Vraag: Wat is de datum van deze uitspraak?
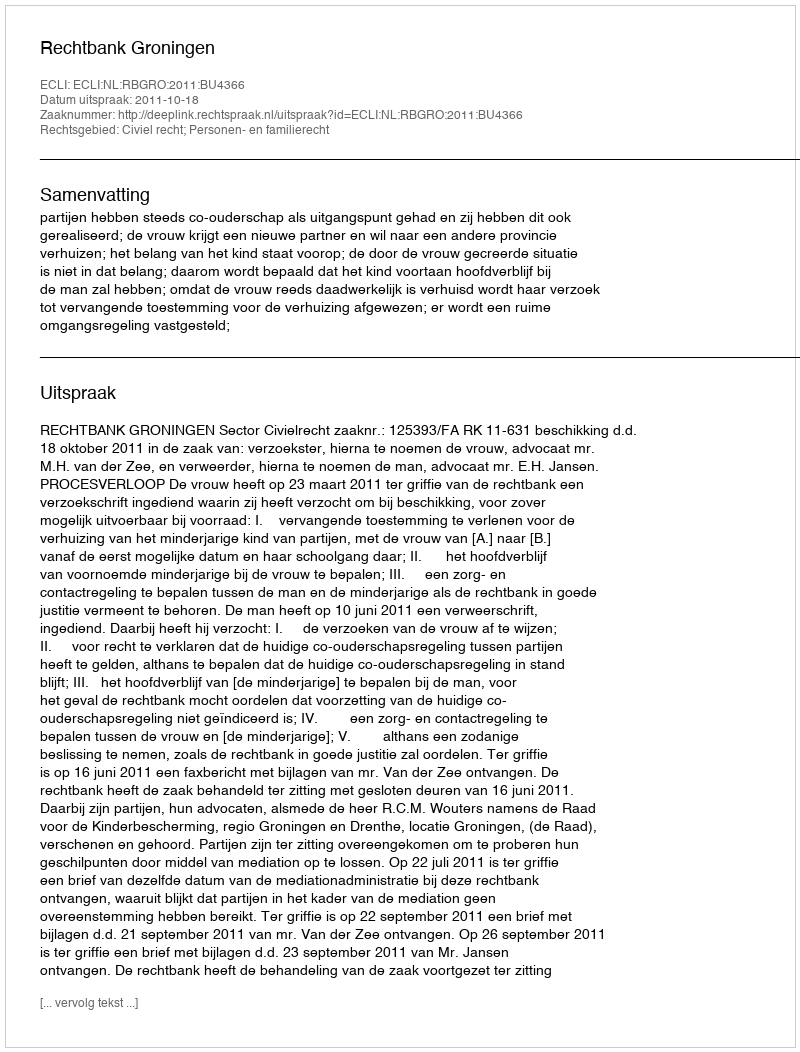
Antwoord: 2011-10-18